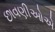
છાવણીઓએ